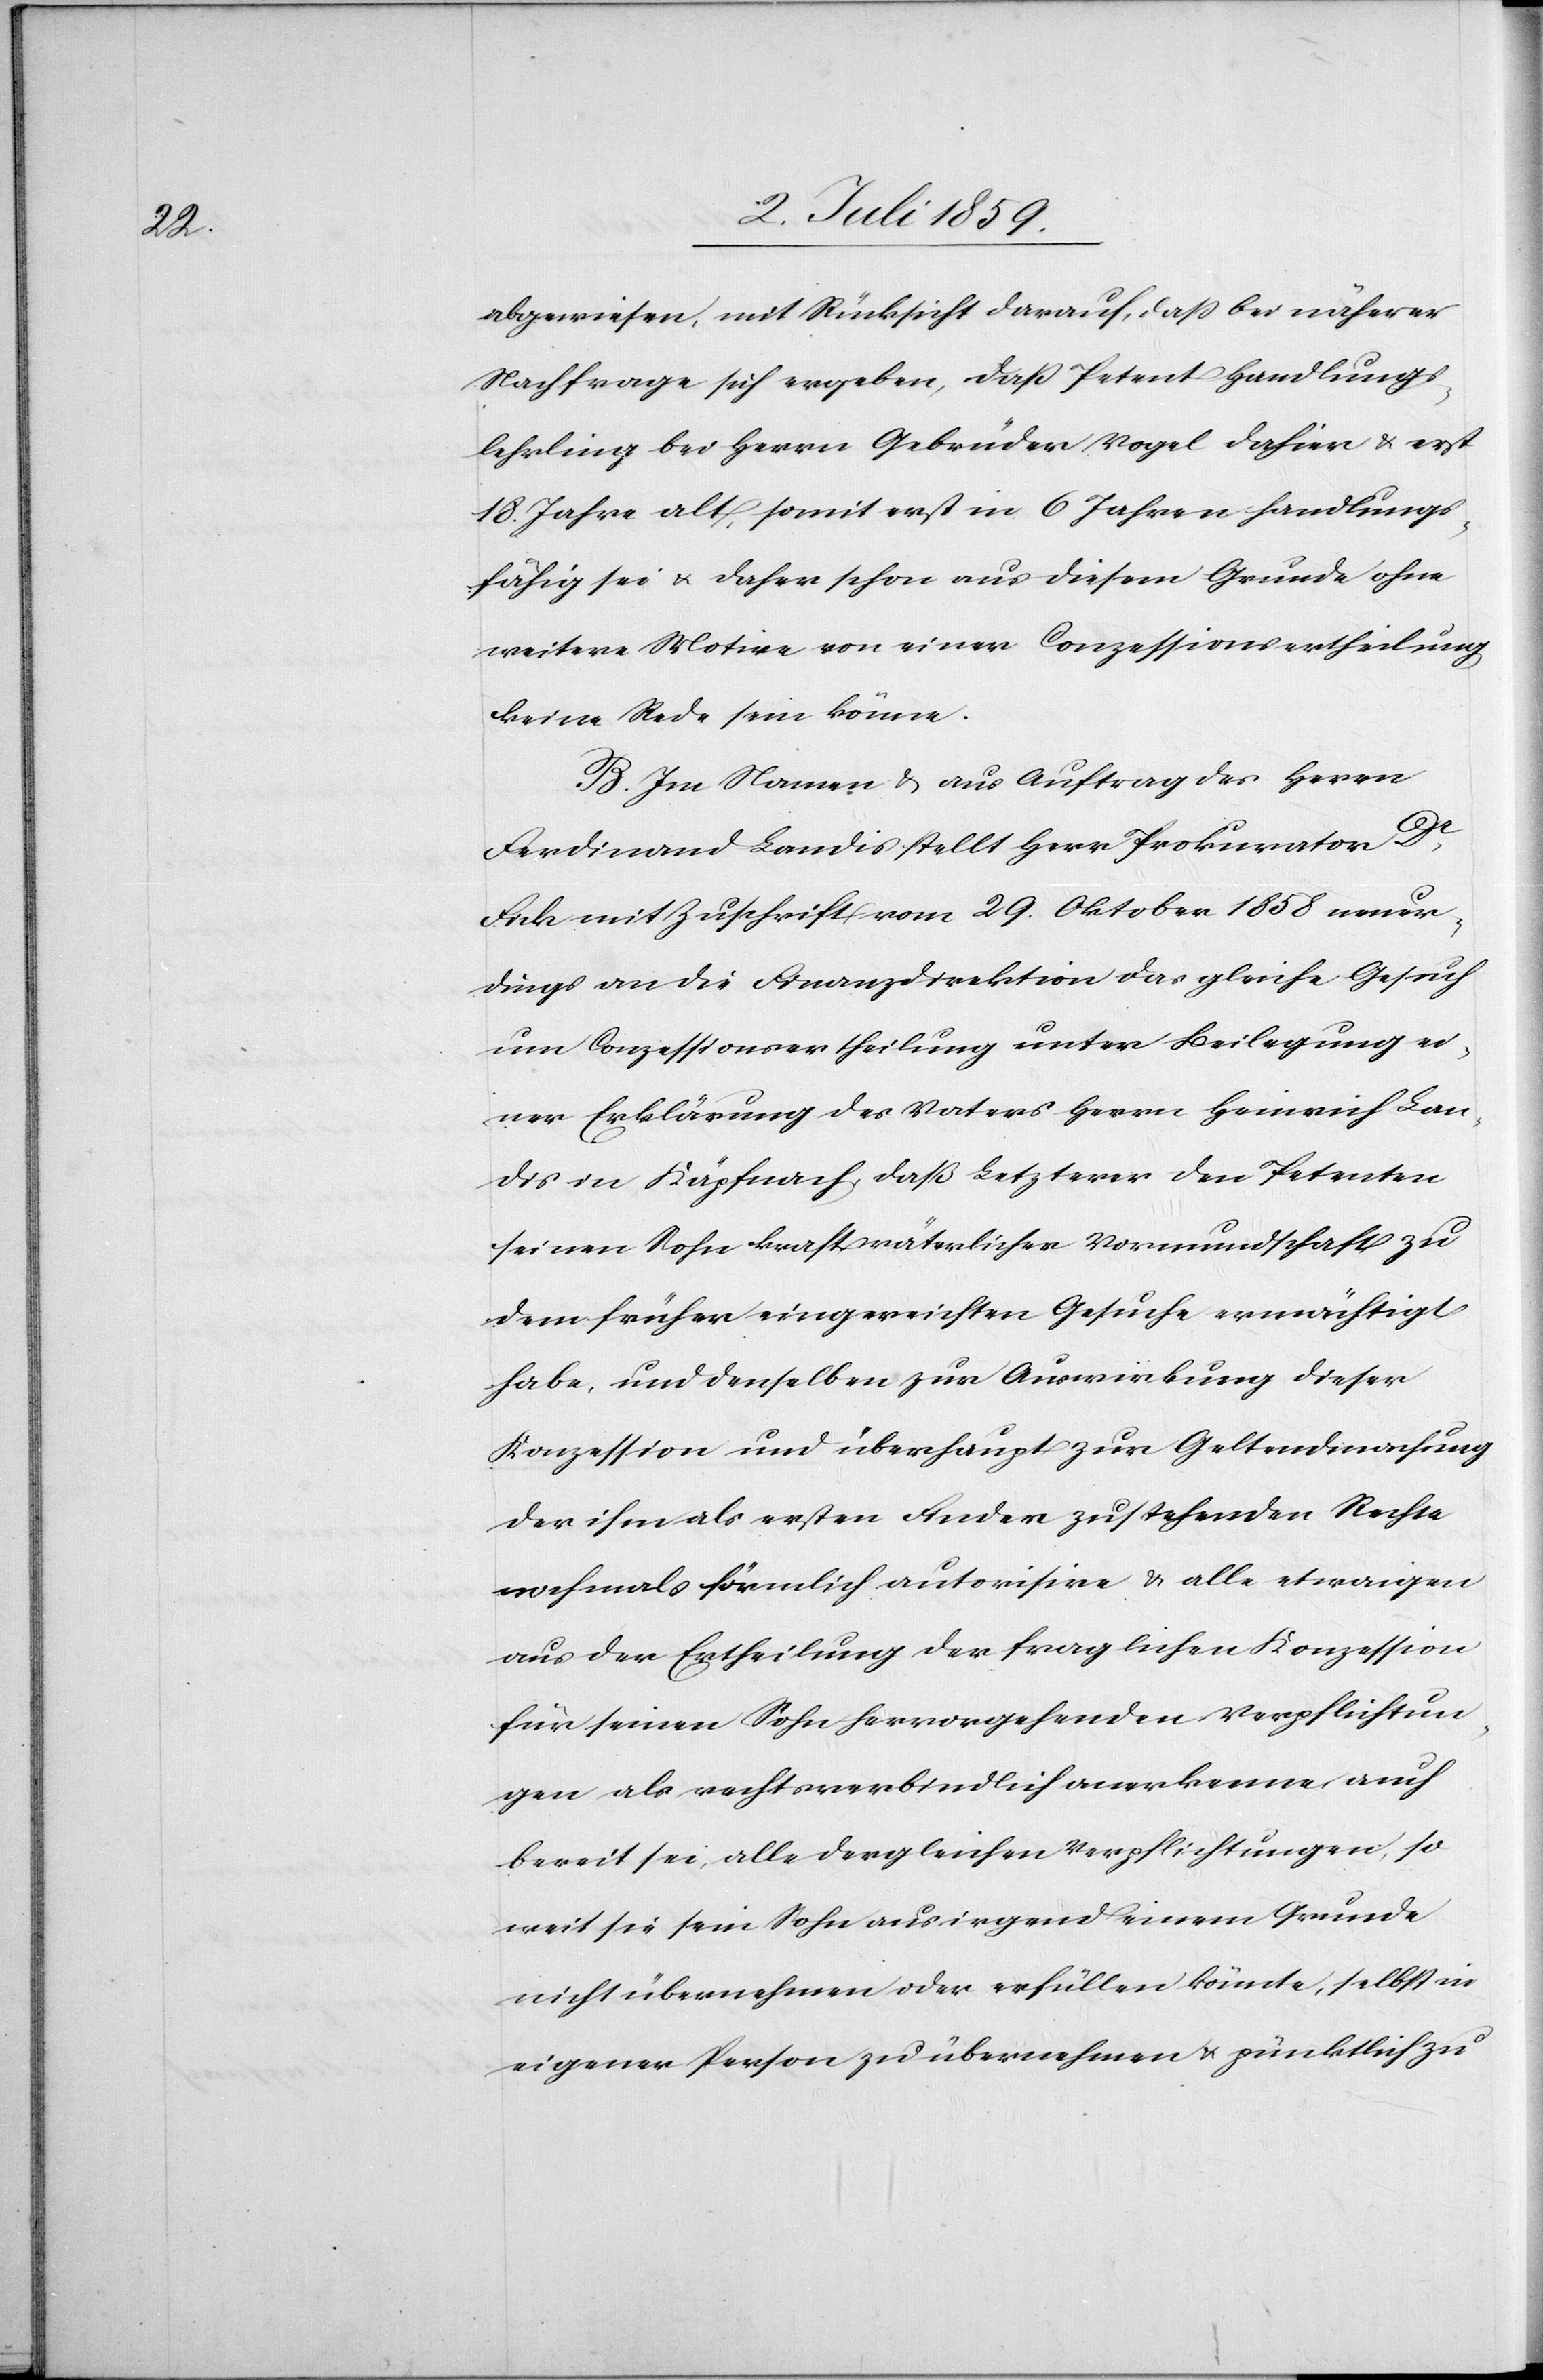
abgewiesen, mit Rücksicht darauf, daß bei näherer
Nachfrage sich ergeben, daß Petent Handlungs¬
lehrling bei Herrn Gebrüder Vogel dahie u. erst
18. Jahr alt, somit erst in 6 Jahren handlungs¬
fähig sei u. daher schon aus diesem Grunde ohne
weitere Motive von einer Conzessionsertheilung
keine Rede sein könne.
B. Im Namen u. aus Auftrag des Herrn
Ferdinand Landis stellt Herr Prokurator Dr
Fick mit Zuschrift vom 29. Oktober 1858 neuer¬
dings an die Finanzdirektion das gleiche Gesuch
um Conzessionsertheilung unter Beilegung ei¬
ner Erklärung des Vaters Herrn Heinrich Lan¬
dis in Käpfnach, daß letzterer den Petenten
seinen Sohn krafts väterlicher Vormundschaft zu
dem frühen eingereichten Gesuche ermächtigt
habe, und denselben zur Auswirkung dieser
Konzession und überhaupt zur Geltendmachung
des ihm als ersten Finder zustehenden Rechts
nochmals förmlich autorisire u. alle etwaigen
aus der Ertheilung der fraglichen Konzession
für seinen Sohn hervorgehenden Verpflichtun¬
gen als rechtsverbindlich anerkenne auch
bereit sei, alle dergleichen Verpflichtungen, so
weit sie sein Sohn aus irgend einem Grunde
nicht übernehmen oder erfüllen könnte, selbst in
eigener Person zu übernehmen u. pünktlich zu